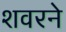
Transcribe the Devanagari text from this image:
शवरने